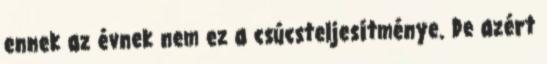
ennek az évnek nem ez a csúcsteljesítménye. De azért